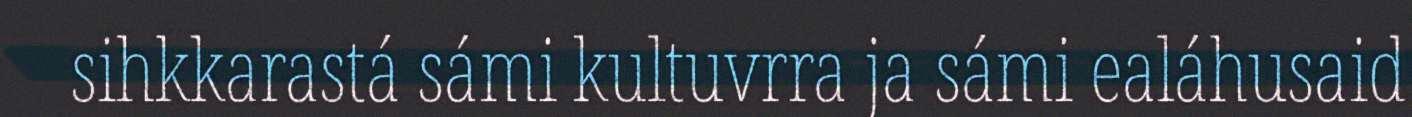
sihkkarastá sámi kultuvrra ja sámi ealáhusaid